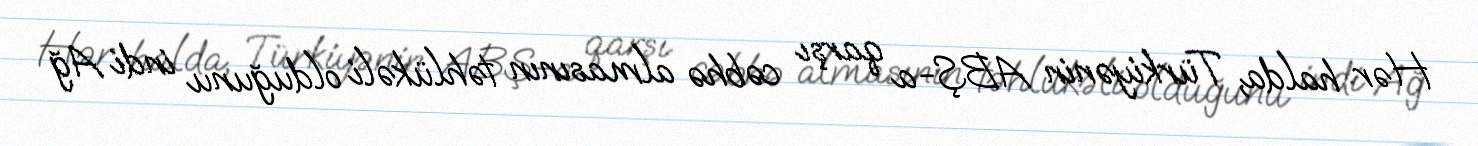
Hər halda, Türkiyənin ABŞ-a qarşı cəbhə almasının təhlükəli olduğunu indi Ağ